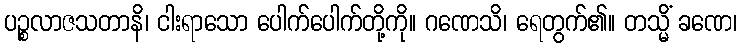
ပဉ္စလာဇသတာနိ၊ ငါးရာသော ပေါက်ပေါက်တို့ကို။ ဂဏေသိ၊ ရေတွက်၏။ တသ္မိံ ခဏေ၊